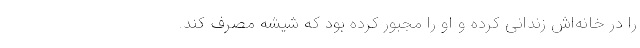
را در خانه‌اش زندانی کرده و او را مجبور کرده بود که شیشه مصرف کند.